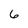
Character: 6